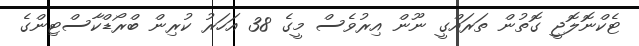
ޓެކްނޮލޮޖީ ގޮތުން ތަރައްގީ ނޫން އިރުވެސް މީގެ 38 އަހަރު ކުރިން ބްރޯޑްކާސްޓިންގެ